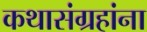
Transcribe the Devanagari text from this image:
कथासंग्रहांना